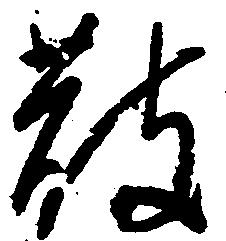
散